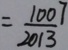
= \frac { 1 0 0 7 } { 2 0 1 3 }